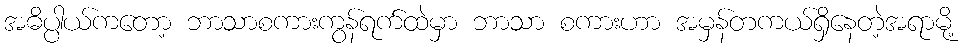
အဓိပ္ပါယ်ကတော့ ဘာသာစကားကွန်ရက်ထဲမှာ ဘာသာ စကားဟာ အမှန်တကယ်ရှိနေတဲ့အရာမို့